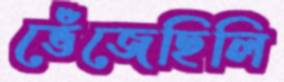
ভেঁজেছিলি